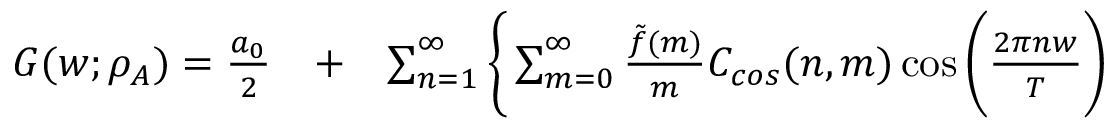
\begin{array} { r l r } { G ( w ; \rho _ { A } ) = \frac { a _ { 0 } } { 2 } } & { { } + } & { \sum _ { n = 1 } ^ { \infty } \bigg \{ \sum _ { m = 0 } ^ { \infty } \frac { \tilde { f } ( m ) } { m } C _ { c o s } ( n , m ) \cos { \bigg ( \frac { 2 \pi n w } { T } \bigg ) } } \end{array}